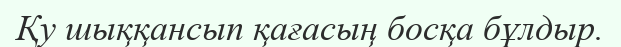
Қу шыққансып қағасың босқа бұлдыр.